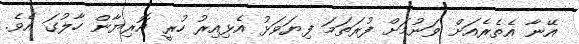
އޭނާ އެތެރެއަށް ވަނުމަށް ފުރަތަމަ ފިޔަވަޅު އެޅިއިރު ހުރީ އޮރިޔާން ހާލުގަ އެވެ.